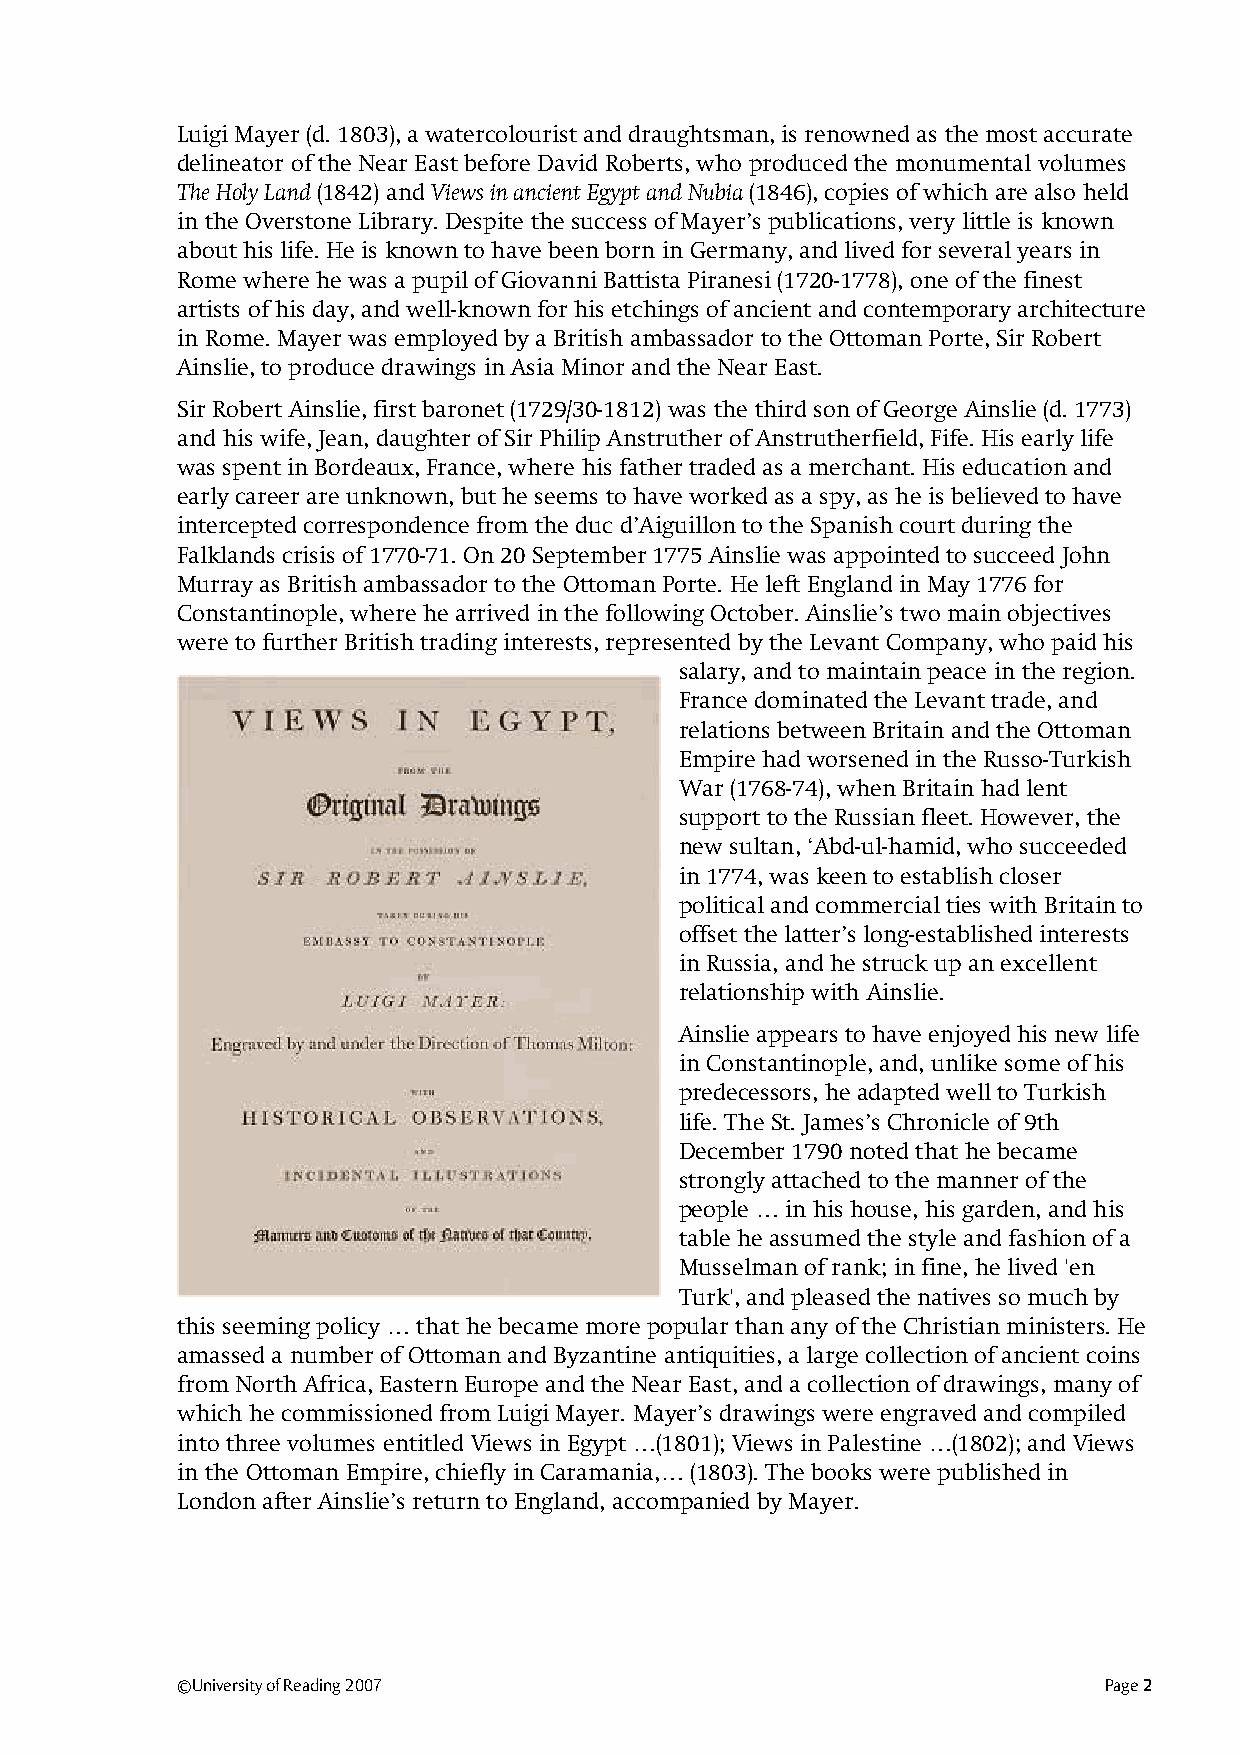
Luigi Mayer (d. 1803), a watercolourist and draughtsman, is renowned as the most accurate
 delineator of the Near East before David Roberts, who produced the monumental volumes
 The Holy Land (1842) and Views in ancient Egypt and Nubia (1846), copies of which are also held
 in the Overstone Library. Despite the success of Mayer’s publications, very little is known
 about his life. He is known to have been born in Germany, and lived for several years in
 Rome where he was a pupil of Giovanni Battista Piranesi (1720-1778), one of the finest
 artists of his day, and well-known for his etchings of ancient and contemporary architecture
 in Rome. Mayer was employed by a British ambassador to the Ottoman Porte, Sir Robert
 Ainslie, to produce drawings in Asia Minor and the Near East.
 Sir Robert Ainslie, first baronet (1729/30-1812) was the third son of George Ainslie (d. 1773)
 and his wife, Jean, daughter of Sir Philip Anstruther of Anstrutherfield, Fife. His early life
 was spent in Bordeaux, France, where his father traded as a merchant. His education and
 early career are unknown, but he seems to have worked as a spy, as he is believed to have
 intercepted correspondence from the duc d’Aiguillon to the Spanish court during the
 Falklands crisis of 1770-71. On 20 September 1775 Ainslie was appointed to succeed John
 Murray as British ambassador to the Ottoman Porte. He left England in May 1776 for
 Constantinople, where he arrived in the following October. Ainslie’s two main objectives
 were to further British trading interests, represented by the Levant Company, who paid his
 salary, and to maintain peace in the region.
 France dominated the Levant trade, and
 relations between Britain and the Ottoman
 Empire had worsened in the Russo-Turkish
 War (1768-74), when Britain had lent
 support to the Russian fleet. However, the
 new sultan, ‘Abd-ul-hamid, who succeeded
 in 1774, was keen to establish closer
 political and commercial ties with Britain to
 offset the latter’s long-established interests
 in Russia, and he struck up an excellent
 relationship with Ainslie.
 Ainslie appears to have enjoyed his new life
 in Constantinople, and, unlike some of his
 predecessors, he adapted well to Turkish
 life. The St. James’s Chronicle of 9th
 December 1790 noted that he became
 strongly attached to the manner of the
 people … in his house, his garden, and his
 table he assumed the style and fashion of a
 Musselman of rank; in fine, he lived 'en
 Turk', and pleased the natives so much by
 this seeming policy … that he became more popular than any of the Christian ministers. He
 amassed a number of Ottoman and Byzantine antiquities, a large collection of ancient coins
 from North Africa, Eastern Europe and the Near East, and a collection of drawings, many of
 which he commissioned from Luigi Mayer. Mayer’s drawings were engraved and compiled
 into three volumes entitled Views in Egypt …(1801); Views in Palestine …(1802); and Views
 in the Ottoman Empire, chiefly in Caramania,… (1803). The books were published in
 London after Ainslie’s return to England, accompanied by Mayer.
 ©University of Reading 2007                                  Page 2